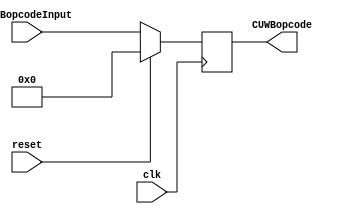
module cuWB (
    input wire clk,           // Seal de reloj
    input wire reset,         // Seal de reinicio
    input wire [6:0] CUWBopcodeInput, // Entrada de opcode
    output reg [6:0] CUWBopcode // Salida de opcode
);

always @(negedge clk) begin
    if (reset == 1) begin
        CUWBopcode <= 7'b0000000;
    end
    else begin
        CUWBopcode <= CUWBopcodeInput;
    end
end

endmodule